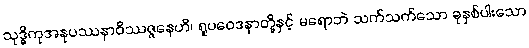
သုဒ္ဓိကုအနုပဿနာဝိဿဇ္ဇနေဟိ၊ ရူပဝေဒနာတို့နှင့် မရောဘဲ သက်သက်သော ခုနှစ်ပါးသော